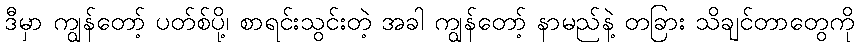
ဒီမှာ ကျွန်တော့် ပတ်စ်ပို့၊ စာရင်းသွင်းတဲ့ အခါ ကျွန်တော့် နာမည်နဲ့ တခြား သိချင်တာတွေကို